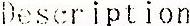
DESCRIPTION